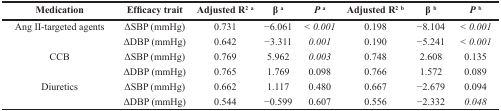
<table><thead><tr><td><b>Medication</b></td><td><b>Efficacy trait</b></td><td><b>Adjusted R<sup>2 a</sup></b></td><td><b>β <sup>a</sup></b></td><td><b><i>P</i><sup>a</sup></b></td><td><b>Adjusted R<sup>2 b</sup></b></td><td><b>β <sup>b</sup></b></td><td><b><i>P</i><sup>b</sup></b></td></tr></thead><tbody><tr><td>Ang II-targeted agents</td><td>ΔSBP (mmHg)</td><td>0.731</td><td>−6.061</td><td><i>&lt; 0.001</i></td><td>0.198</td><td>−8.104</td><td><i>&lt; 0.001</i></td></tr><tr><td>[EMPTY_CELL]</td><td>ΔDBP (mmHg)</td><td>0.642</td><td>−3.311</td><td><i>0.001</i></td><td>0.190</td><td>−5.241</td><td><i>&lt; 0.001</i></td></tr><tr><td>CCB</td><td>ΔSBP (mmHg)</td><td>0.769</td><td>5.962</td><td><i>0.003</i></td><td>0.748</td><td>2.608</td><td>0.135</td></tr><tr><td>[EMPTY_CELL]</td><td>ΔDBP (mmHg)</td><td>0.765</td><td>1.769</td><td>0.098</td><td>0.766</td><td>1.572</td><td>0.089</td></tr><tr><td>Diuretics</td><td>ΔSBP (mmHg)</td><td>0.662</td><td>1.117</td><td>0.480</td><td>0.667</td><td>−2.679</td><td>0.094</td></tr><tr><td>[EMPTY_CELL]</td><td>ΔDBP (mmHg)</td><td>0.544</td><td>−0.599</td><td>0.607</td><td>0.556</td><td>−2.332</td><td><i>0.048</i></td></tr></tbody></table>